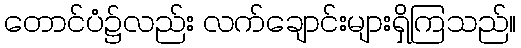
တောင်ပံ၌လည်း လက်ချောင်းများရှိကြသည်။